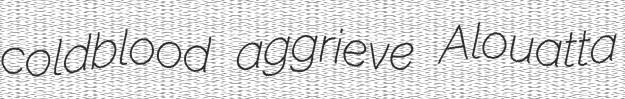
coldblood aggrieve Alouatta